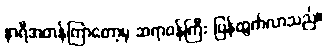
နာရီအတန်ကြာတော့မှ ဆရာဝန်ကြီး ပြန်ထွက်လာသည်။